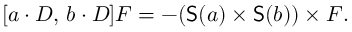
[ a \cdot D , \, b \cdot D ] F = - ( { \mathsf { S } } ( a ) \times { \mathsf { S } } ( b ) ) \times F .